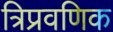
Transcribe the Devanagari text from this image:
त्रिप्रवणिक